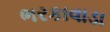
ભરકાવાડા